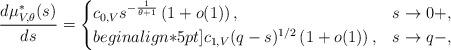
LaTeX: \begin{align*} \frac{d\mu^*_{V,\theta}(s)}{ds} = \begin{cases} c_{0,V} s^{-\frac{1}{\theta+1}}\left(1 + o(1) \right), & s \to 0+, \\begin{align*}5pt]c_{1,V} (q-s)^{1/2} \left(1+ o(1)\right),& s \to q-,\end{cases} \end{align*}